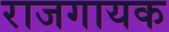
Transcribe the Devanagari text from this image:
राजगायक